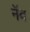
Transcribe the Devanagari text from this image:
नॅब